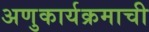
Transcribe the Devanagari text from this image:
अणुकार्यक्रमाची